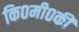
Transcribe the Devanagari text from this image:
कि०मी०की